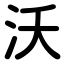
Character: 沃